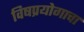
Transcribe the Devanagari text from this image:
विषप्रयोगाचा